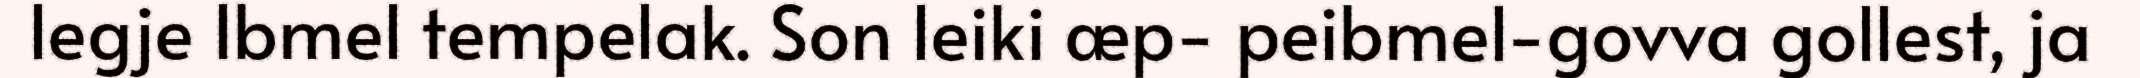
legje Ibmel tempelak. Son leiki æp- peibmel-govva gollest, ja